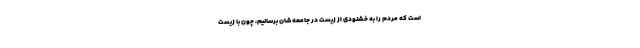
است که مردم را به خشنودی از زیست در جامعه شان برسانیم، چون با زیست